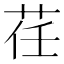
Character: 荏